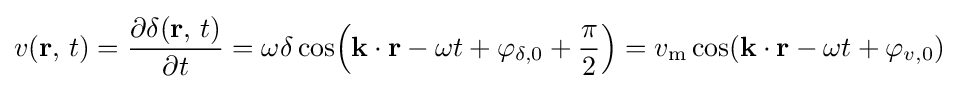
v(\mathbf {r} ,\,t)={\frac {\partial \delta (\mathbf {r} ,\,t)}{\partial t}}=\omega \delta \cos \!\left(\mathbf {k} \cdot \mathbf {r} -\omega t+\varphi _{\delta ,0}+{\frac {\pi }{2}}\right)=v_{\mathrm {m} }\cos(\mathbf {k} \cdot \mathbf {r} -\omega t+\varphi _{v,0})